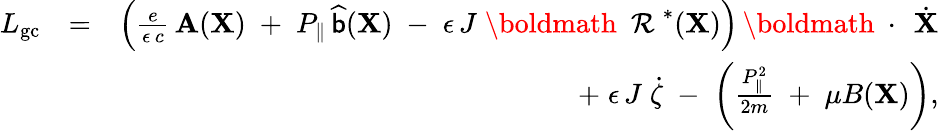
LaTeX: \begin{array}{rlr}{L_{\mathrm{gc}}}&{=}&{\left(\frac{e}{\epsilon\, c}\, {\mathbf A}({\mathbf X})\; +\; P_{\| }\, \widehat{{\sf b}}({\mathbf X})\; -\; \epsilon\, J\; \mathrm{\boldmath~\cal~R~}^{*}({\mathbf X})\right)\, \mathrm{\boldmath~\cdot~}\, \dot{\mathbf X}}\\ &{}&{+\; \epsilon\, J\; \dot{\zeta}\; -\; \left(\frac{P_{\| }^{2}}{2m}\; +\; \mu B({\mathbf X})\right),}\end{array}